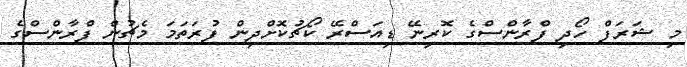
މި ޝަރަފް ހޯދި ފްރާންސްގެ ކޮރިނޭ ޑިއަސްރޭ ކޯޗުކޮށްދިން ފުރަތަމަ މެޗުން ފްރާންސްގެ